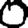
Digit: 0